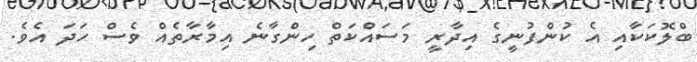
ބްލޮކަކާއި އެ ކުންފުނީގެ އިދާރީ މަސައްކަތް ހިންގާނެ އިމާރާތެއް ވެސް ހަދަ އެވެ.